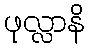
ဖုလ္လာနိ